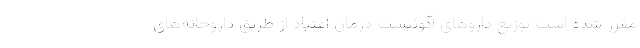
مقرر شده است توزیع دارو‌های آگونیست درمان اعتیاد از طریق داروخانه‌های